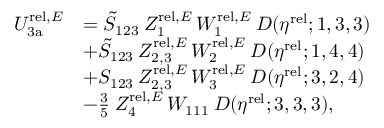
\begin{array} { r l } { U _ { \mathrm { 3 a } } ^ { \mathrm { r e l } , E } } & { = \tilde { S } _ { 1 2 3 } \: Z _ { 1 } ^ { \mathrm { r e l } , E } \, W _ { 1 } ^ { \mathrm { r e l } , E } \: D ( \eta ^ { \mathrm { r e l } } ; 1 , 3 , 3 ) } \\ & { + \tilde { S } _ { 1 2 3 } \: Z _ { 2 , 3 } ^ { \mathrm { r e l } , E } \, W _ { 2 } ^ { \mathrm { r e l } , E } \: D ( \eta ^ { \mathrm { r e l } } ; 1 , 4 , 4 ) } \\ & { + S _ { 1 2 3 } \: Z _ { 2 , 3 } ^ { \mathrm { r e l } , E } \, W _ { 3 } ^ { \mathrm { r e l } , E } \: D ( \eta ^ { \mathrm { r e l } } ; 3 , 2 , 4 ) } \\ & { - \frac 3 5 \: Z _ { 4 } ^ { \mathrm { r e l } , E } \, W _ { 1 1 1 } \: D ( \eta ^ { \mathrm { r e l } } ; 3 , 3 , 3 ) , } \end{array}